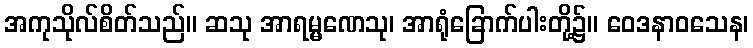
အကုသိုလ်စိတ်သည်။ ဆသု အာရမ္မဏေသု၊ အာရုံခြောက်ပါးတို့၌။ ဝေဒနာဝသေန၊